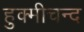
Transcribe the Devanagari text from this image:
हुक्मीचन्द